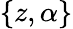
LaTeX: \{ z,\alpha\}